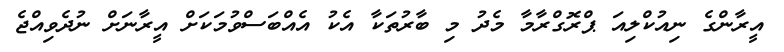
އީރާންގެ ނިއުކްލިއަ ޕްރޮގްރާމާ މެދު މި ބާރުތަކާ އެކު އެއްބަސްވުމަކަށް އީރާނަށް ނުދެވިއްޖެ